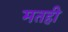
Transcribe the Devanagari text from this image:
मतही